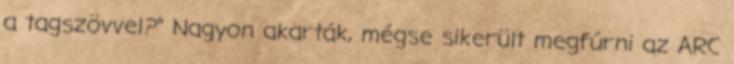
a tagszövvel?” Nagyon akarták, mégse sikerült megfúrni az ARC